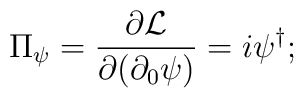
\Pi_\psi =\frac{\partial {\cal{L}}}{\partial(\partial_0 \psi)} = i\psi^{\dagger};